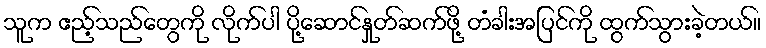
သူက ဧည့်သည်တွေကို လိုက်ပါ ပို့ဆောင်နှုတ်ဆက်ဖို့ တံခါးအပြင်ကို ထွက်သွားခဲ့တယ်။